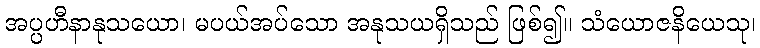
အပ္ပဟီနာနုသယော၊ မပယ်အပ်သော အနုသယရှိသည် ဖြစ်၍။ သံယောဇနိယေသု၊